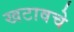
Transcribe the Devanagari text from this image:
खटावचे